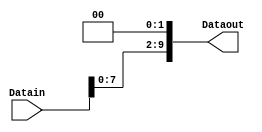
`timescale 1ns/1ns
module ShiftLeft2#(parameter n=10) (input [n-1:0] Datain,output [n-1:0] Dataout);
  assign Dataout = Datain << 2;  
endmodule